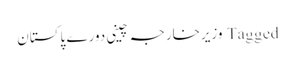
Tagged وزیرخارجہ چینی دورے پاکستان